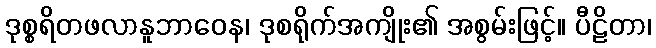
ဒုစ္စရိတဖလာနူဘာဝေန၊ ဒုစရိုက်အကျိုး၏ အစွမ်းဖြင့်။ ပီဠိတာ၊